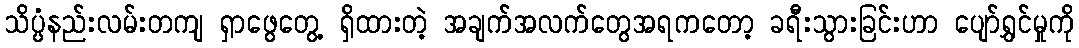
သိပ္ပံနည်းလမ်းတကျ ရှာဖွေတွေ့ ရှိထားတဲ့ အချက်အလက်တွေအရကတော့ ခရီးသွားခြင်းဟာ ပျော်ရွှင်မှုကို